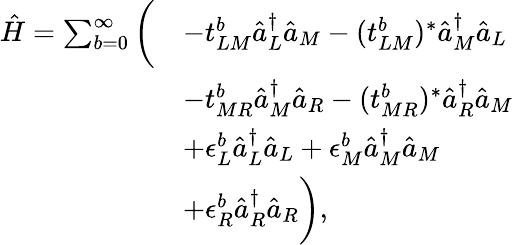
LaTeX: \begin{array}{rl}{\hat{H}=\sum_{b=0}^{\infty}\bigg(}&{-t_{LM}^{b}\hat{a}_{L}^{\dagger}\hat{a}_{M}-(t_{LM}^{b})^{*}\hat{a}_{M}^{\dagger}\hat{a}_{L}}\\ &{-t_{MR}^{b}\hat{a}_{M}^{\dagger}\hat{a}_{R}-(t_{MR}^{b})^{*}\hat{a}_{R}^{\dagger}\hat{a}_{M}}\\ &{+\epsilon_{L}^{b}\hat{a}_{L}^{\dagger}\hat{a}_{L}+\epsilon_{M}^{b}\hat{a}_{M}^{\dagger}\hat{a}_{M}}\\ &{+\epsilon_{R}^{b}\hat{a}_{R}^{\dagger}\hat{a}_{R}\bigg),}\end{array}